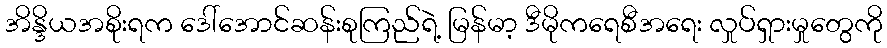
အိန္ဒိယအစိုးရက ဒေါ်အောင်ဆန်းစုကြည်ရဲ့ မြန်မာ့ ဒီမိုကရေစီအရေး လှုပ်ရှားမှုတွေကို